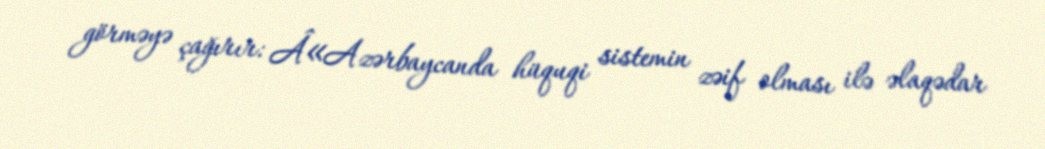
görməyə çağırır: Â«Azərbaycanda hüquqi sistemin zəif olması ilə əlaqədar